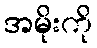
အမိုးကို